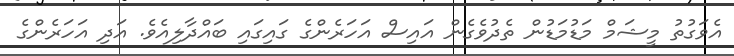
އެވަގުތު މީޝަމް މަޑުމަޑުން ތެދުވެގެން އައިސް އަހަރެންގެ ގައިގައި ބައްދާލިއެވެ. އަދި އަހަރެންގެ